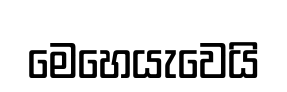
මෙහෙයැවෙයි